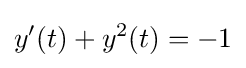
y^{\prime }(t)+y^{2}(t)=-1